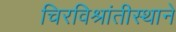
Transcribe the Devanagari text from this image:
चिरविश्रांतीस्थाने